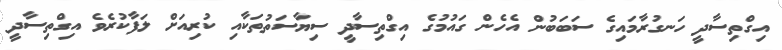
އިގްތިސާދީ ހަނގުރާމައިގެ ސަބަބުން އެހެން ގައުމުގެ އިގްތިސާދީ ސިޔާސަތުތަކާއި ކުރިއަށް ލަފާކުރެވެ އިގްތިސާދީ